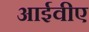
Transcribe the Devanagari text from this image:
आईवीए